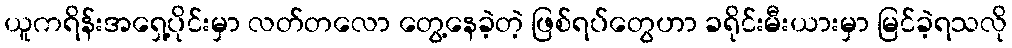
ယူကရိန်းအရှေ့ပိုင်းမှာ လတ်တလော တွေ့နေခဲ့တဲ့ ဖြစ်ရပ်တွေဟာ ခရိုင်းမီးယားမှာ မြင်ခဲ့ရသလို